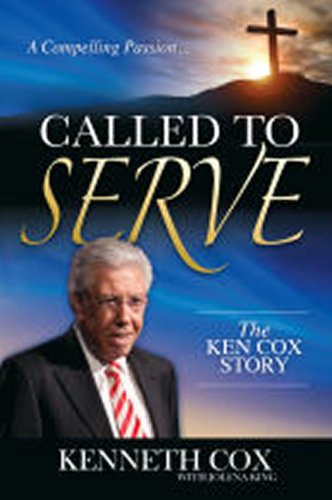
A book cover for Called to Serve; Kenneth Cox; Christian Books & Bibles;